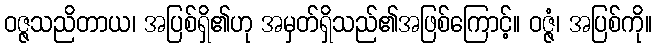
ဝဇ္ဇသညိတာယ၊ အပြစ်ရှိ၏ဟု အမှတ်ရှိသည်၏အဖြစ်ကြောင့်။ ဝဇ္ဇံ၊ အပြစ်ကို။